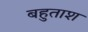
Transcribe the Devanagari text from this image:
बहुताश